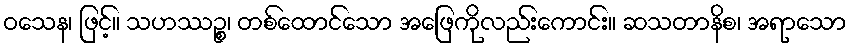
ဝသေန၊ ဖြင့်။ သဟဿဉ္စ၊ တစ်ထောင်သော အဖြေကိုလည်းကောင်း။ ဆသတာနိစ၊ အရာသော